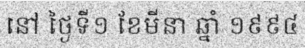
នៅ ថ្ងៃទី១ ខែមីនា ឆ្នាំ ១៩៩៤